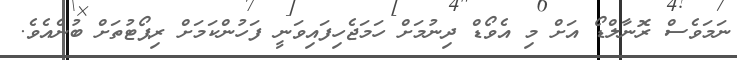
ނަމަވެސް ރޮނާލްޑޯ އަށް މި އެވޯޑް ދިނުމަށް ހަމަޖެހިފައިވަނީ ފަހުންކަމަށް ރިޕޯޓުތަށް ބުނެއެވެ.